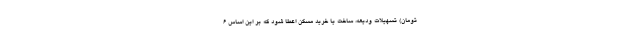
تومان) تسهیلات ودیعه، ساخت یا خرید مسکن اعطا شود که بر این اساس ۶